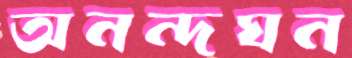
অনন্দঘন